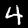
Label: 4